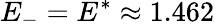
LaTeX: E_{-}=E^{*}\approx 1.462